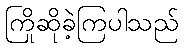
ကြိုဆိုခဲ့ကြပါသည်